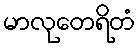
မာလုတေရိတံ